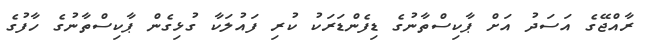
ރާއްޖޭގެ އަސަދު އަށް ޕާކިސްތާނުގެ ޑިފެންޑަރަކު ކުރި ފައުލަކާ ގުޅިގެން ޕާކިސްތާނުގެ ހާފުގެ